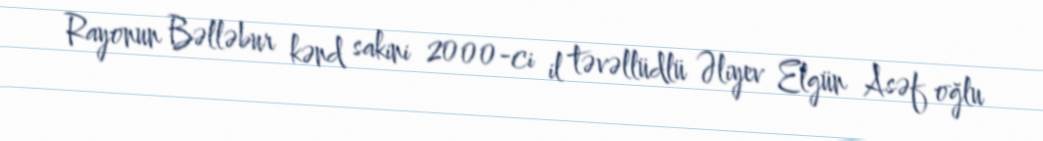
Rayonun Bəlləbur kənd sakini 2000-ci il təvəllüdlü Əliyev Elgün Asəf oğlu